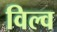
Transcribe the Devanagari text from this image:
विल्व